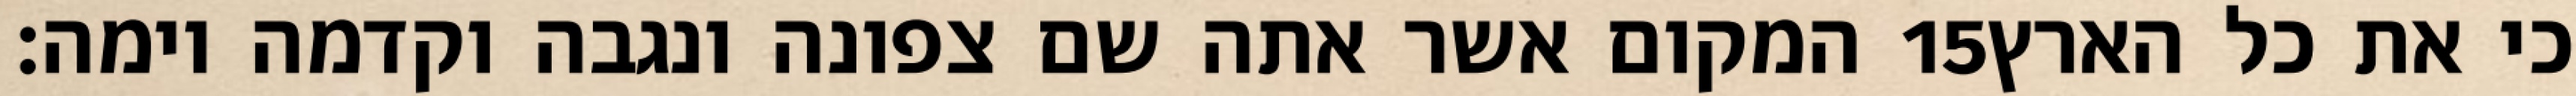
המקום אשר אתה שם צפונה ונגבה וקדמה וימה׃ ‎15‏ כי את כל הארץ